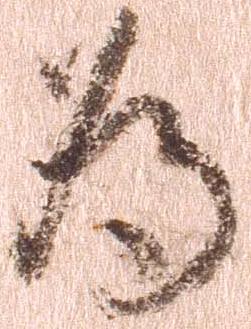
為